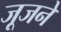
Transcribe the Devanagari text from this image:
जूजने